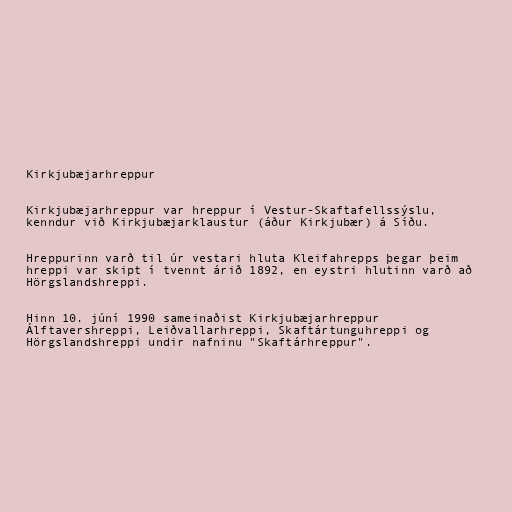
Kirkjubæjarhreppur

Kirkjubæjarhreppur var hreppur í Vestur-Skaftafellssýslu,
kenndur við Kirkjubæjarklaustur (áður Kirkjubær) á Síðu.

Hreppurinn varð til úr vestari hluta Kleifahrepps þegar þeim
hreppi var skipt í tvennt árið 1892, en eystri hlutinn varð að
Hörgslandshreppi.

Hinn 10. júní 1990 sameinaðist Kirkjubæjarhreppur
Álftavershreppi, Leiðvallarhreppi, Skaftártunguhreppi og
Hörgslandshreppi undir nafninu "Skaftárhreppur".